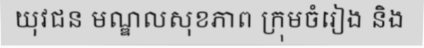
យុវជន មណ្ឌលសុខភាព ក្រុមចំរៀង និង